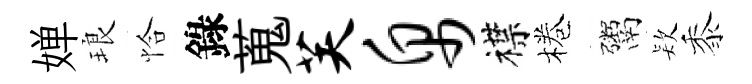
婵琅恰錄蒐芙帛襟棬鬻𣣇黍